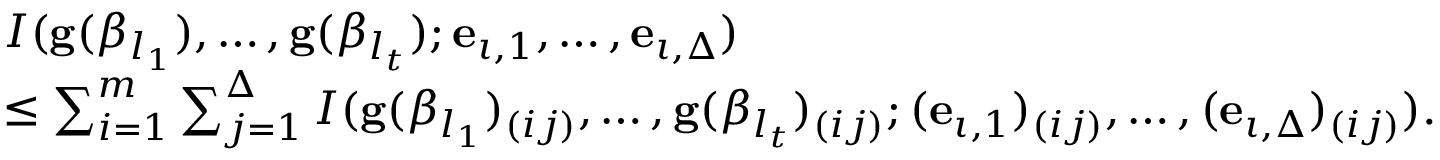
\begin{array} { r l } & { I ( \mathbf { g } ( \beta _ { l _ { 1 } } ) , \ldots , \mathbf { g } ( \beta _ { l _ { t } } ) ; \mathbf { e } _ { \iota , 1 } , \ldots , \mathbf { e } _ { \iota , \Delta } ) } \\ & { \leq \sum _ { i = 1 } ^ { m } \sum _ { j = 1 } ^ { \Delta } I ( \mathbf { g } ( \beta _ { l _ { 1 } } ) _ { ( i j ) } , \ldots , \mathbf { g } ( \beta _ { l _ { t } } ) _ { ( i j ) } ; ( \mathbf { e } _ { \iota , 1 } ) _ { ( i j ) } , \ldots , ( \mathbf { e } _ { \iota , \Delta } ) _ { ( i j ) } ) . } \end{array}